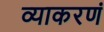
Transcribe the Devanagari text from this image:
व्याकरणं